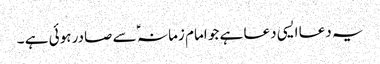
یہ دعا ایسی دعا ہے جو امام زمانہ ؑ سے صادر ہوئی ہے ۔